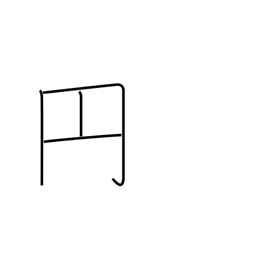
Meaning: round